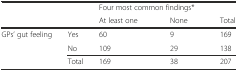
<table><thead><tr><td></td><td></td><td colspan="2"><b>Four most common findings*</b></td><td></td></tr><tr><td></td><td></td><td><b>At least one</b></td><td><b>None</b></td><td><b>Total</b></td></tr></thead><tbody><tr><td rowspan="2">GPs’ gut feeling</td><td>Yes</td><td>60</td><td>9</td><td>169</td></tr><tr><td>No</td><td>109</td><td>29</td><td>138</td></tr><tr><td></td><td>Total</td><td>169</td><td>38</td><td>207</td></tr></tbody></table>